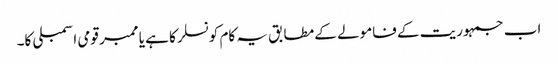
اب جمہوریت کے فامولے کے مطابق یہ کام کونسلر کا ہے یا ممبر قومی اسمبلی کا۔